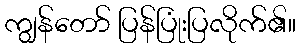
ကျွန်တော် ပြန်ပြုံးပြလိုက်၏။